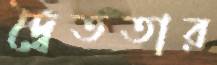
দ্বৈততার